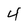
Character: 4